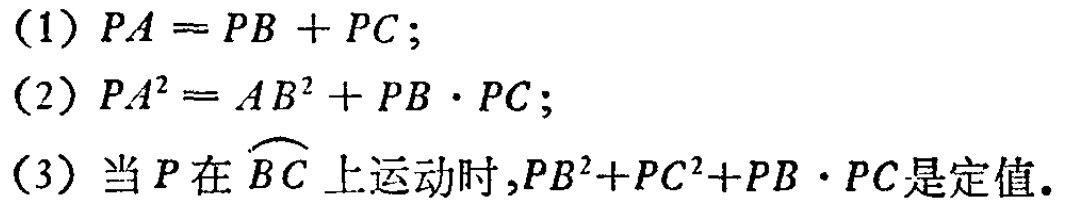
(1) \(PA = PB + PC\);
(2) \(PA^{2}=AB^{2}+PB\cdot PC\);
(3) 当\(P\)在\(\overset{\frown}{BC}\)上运动时,\(PB^{2}+PC^{2}+PB\cdot PC\)是定值.